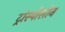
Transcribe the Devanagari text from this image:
ट्रांस्पोसोन